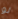
لو